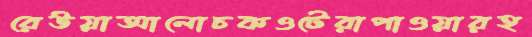
রেউয়াআলোচকওটেরাপাওয়ারহ